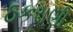
ઠકરાણી